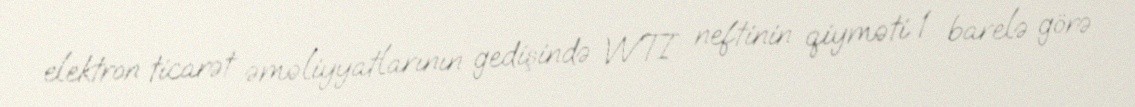
elektron ticarət əməliyyatlarının gedişində WTI neftinin qiyməti 1 barelə görə